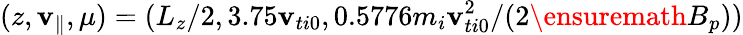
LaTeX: (z,\mathbf{v}_{\parallel},\mu)=(L_{z}/2,3.75\mathbf{v}_{ti0},0.5776m_{i}\mathbf{v}_{ti0}^{2}/(2\ensuremath{{B_{p}}}))